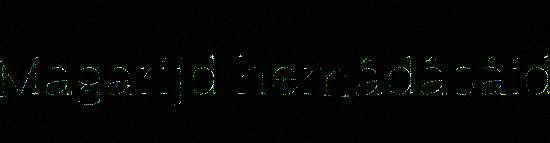
Magarijd hemâdâsâid